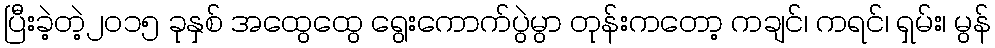
ပြီးခဲ့တဲ့၂၀၁၅ ခုနှစ် အထွေထွေ ရွေးကောက်ပွဲမွာ တုန်းကတော့ ကချင်၊ ကရင်၊ ရှမ်း၊ မွန်